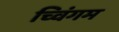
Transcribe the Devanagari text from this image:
च्विंगम